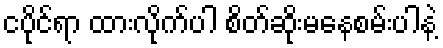
ငပိုင်ရာ ထားလိုက်ပါ စိတ်ဆိုးမနေစမ်းပါနဲ့